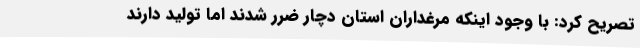
تصریح کرد: با وجود اینکه مرغداران استان دچار ضرر شدند اما تولید دارند